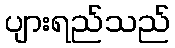
ပျားရည်သည်